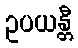
ဥပယန္တီ